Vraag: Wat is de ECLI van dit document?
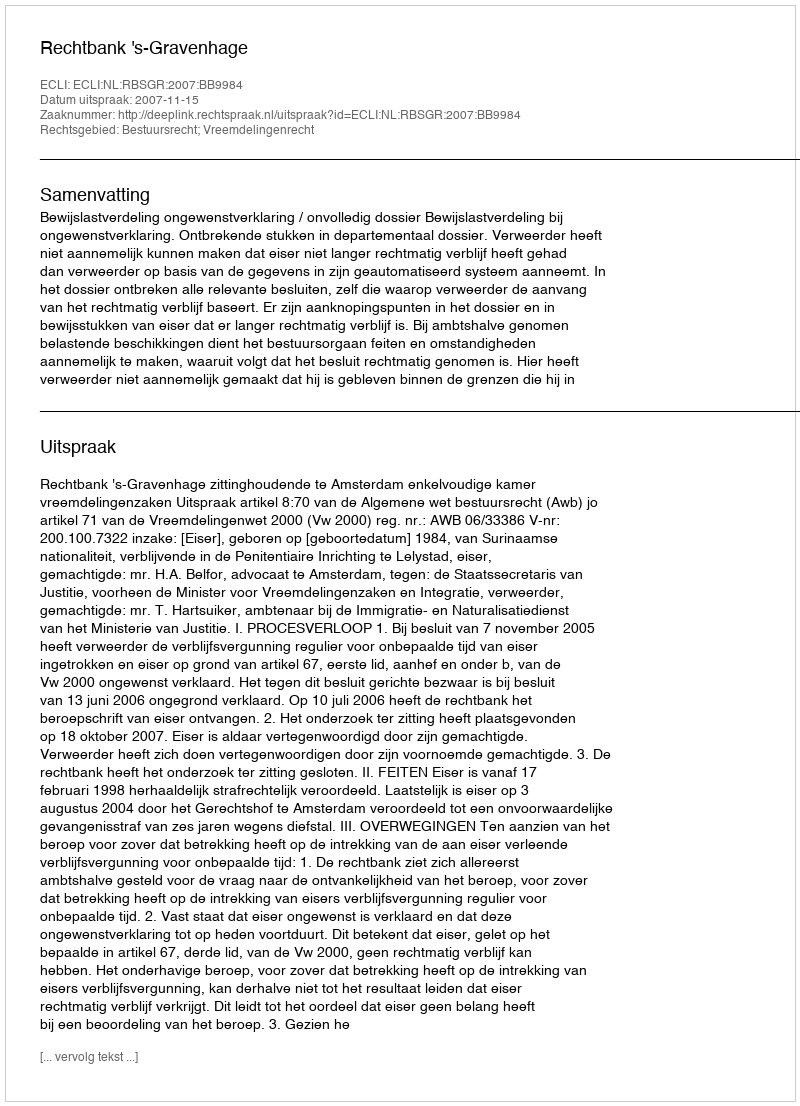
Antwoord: ECLI:NL:RBSGR:2007:BB9984